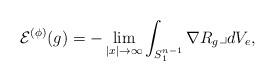
LaTeX: \begin{align*}\mathcal{E}^{(\phi)}(g)=-\lim_{|x|\rightarrow\infty}\int_{S^{n-1}_1}\nabla R_g \lrcorner dV_e,\end{align*}